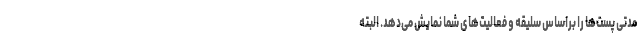
مدتی پُست‌ها را براساس سلیقه و فعالیت‌های شما نمایش می‌دهد. البته